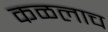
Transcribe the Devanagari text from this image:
कळलाच